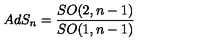
A d S _ { n } = \frac { S O ( 2 , n - 1 ) } { S O ( 1 , n - 1 ) }